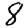
Digit: 8